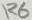
Text: R6